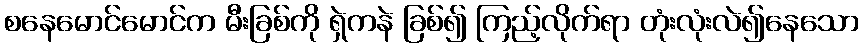
စနေမောင်မောင်က မီးခြစ်ကို ရှဲကနဲ ခြစ်၍ ကြည့်လိုက်ရာ တုံးလုံးလဲ၍နေသော